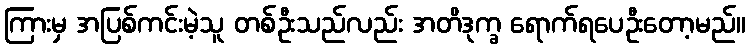
ကြားမှ အပြစ်ကင်းမဲ့သူ တစ်ဦးသည်လည်း အတိဒုက္ခ ရောက်ရပေဦးတော့မည်။